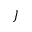
J